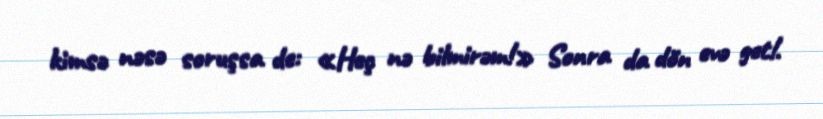
kimsə nəsə soruşsa de: «Heç nə bilmirəm!» Sonra da dön evə get!.